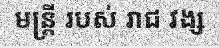
មន្ត្រី របស់ រាជ វង្ស